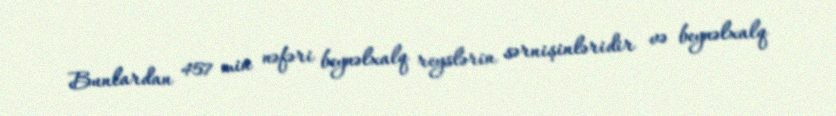
Bunlardan 457 min nəfəri beynəlxalq reyslərin sərnişinləridir və beynəlxalq